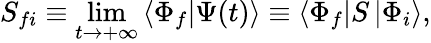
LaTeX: S_{fi}\equiv\operatorname*{lim}_{t\rightarrow+\infty}\left\langle\Phi_{f}|\Psi(t)\right\rangle\equiv\left\langle\Phi_{f}\right|S\left|\Phi_{i}\right\rangle,